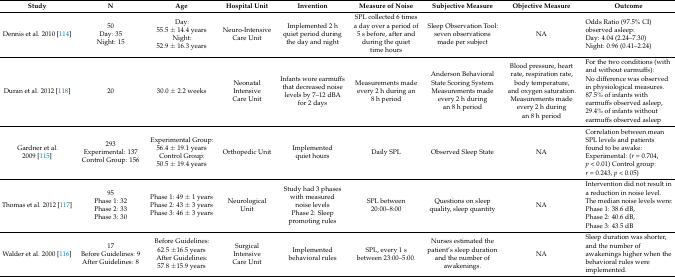
<table><thead><tr><td><b>Study</b></td><td><b>N</b></td><td><b>Age</b></td><td><b>Hospital Unit</b></td><td><b>Invention</b></td><td><b>Measure of Noise</b></td><td><b>Subjective Measure</b></td><td><b>Objective Measure</b></td><td><b>Outcome</b></td></tr></thead><tbody><tr><td>Dennis et al. 2010 [114] </td><td>50Day: 35Night: 15</td><td>Day: 55.5 ± 14.4 yearsNight: 52.9 ± 16.3 years</td><td>Neuro-Intensive Care Unit</td><td>Implemented 2 h quiet period during the day and night</td><td>SPL collected 6 times a day over a period of 5 s before, after and during the quiet time hours</td><td>Sleep Observation Tool: seven observations made per subject</td><td>NA</td><td>Odds Ratio (97.5% CI) observed asleep: Day: 4.04 (2.24–7.30) Night: 0.96 (0.41–2.24)</td></tr><tr><td>Duran et al. 2012 [118]</td><td>20</td><td>30.0 ± 2.2 weeks</td><td>Neonatal Intensive Care Unit</td><td>Infants wore earmuffs that decreased noise levels by 7–12 dBA for 2 days</td><td>Measurements made every 2 h during an 8 h period</td><td>Anderson Behavioral State Scoring System. Measurements made every 2 h during an 8 h period </td><td>Blood pressure, heart rate, respiration rate, body temperature, and oxygen saturation. Measurements made every 2 h during an 8 h period</td><td>For the two conditions (with and without earmuffs): No difference was observed in physiological measures. 87.5% of infants with earmuffs observed asleep, 29.4% of infants without earmuffs observed asleep</td></tr><tr><td>Gardner et al. 2009 [115]</td><td>293Experimental: 137Control Group: 156</td><td>Experimental Group: 56.4 ± 19.1 yearsControl Group:50.5 ± 19.4 years</td><td>Orthopedic Unit</td><td>Implemented quiet hours</td><td>Daily SPL</td><td>Observed Sleep State</td><td>NA</td><td>Correlation between mean SPL levels and patients found to be awake: Experimental: (<i>r</i> = 0.704, <i>p</i> &lt; 0.01) Control group: <i>r</i> = 0.243, <i>p</i> &lt; 0.05)</td></tr><tr><td>Thomas et al. 2012 [117]</td><td>95Phase 1: 32Phase 2: 33Phase 3: 30</td><td>Phase 1: 49 ± 1 yearsPhase 2: 43 ± 3 yearsPhase 3: 46 ± 3 years</td><td>Neurological Unit</td><td>Study had 3 phases with measured noise levelsPhase 2: Sleep promoting rules</td><td>SPL between 20:00–8:00</td><td>Questions on sleep quality, sleep quantity</td><td>NA</td><td>Intervention did not result in a reduction in noise level. The median noise levels were: Phase 1: 38.6 dB, Phase 2: 40.6 dB, Phase 3: 43.5 dB</td></tr><tr><td>Walder et al. 2000 [116]</td><td>17Before Guidelines: 9After Guidelines: 8</td><td>Before Guidelines: 62.5 ±16.5 yearsAfter Guidelines: 57.8 ±15.9 years</td><td>Surgical Intensive Care Unit</td><td>Implemented behavioral rules</td><td>SPL, every 1 s between 23:00–5:00.</td><td>Nurses estimated the patient’s sleep duration and the number of awakenings.</td><td>NA</td><td>Sleep duration was shorter, and the number of awakenings higher when the behavioral rules were implemented.</td></tr></tbody></table>